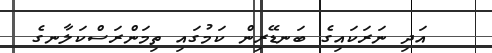
އަދި ނަރަކައިގެ ބަނޑޭރިން ކަމުގައި ތިމަންރަސްކަލާނގެ